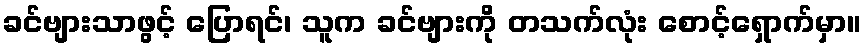
ခင်ဗျားသာဖွင့် ပြောရင်၊ သူက ခင်ဗျားကို တသက်လုံး စောင့်ရှောက်မှာ။